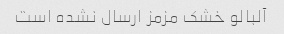
آلبالو خشک مزمز ارسال نشده است